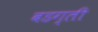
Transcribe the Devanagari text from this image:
बडग्ली